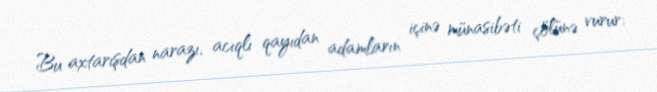
Bu axtarışdan narazı, acıqlı qayıdan adamların içinə münasibəti çölünə vurur: